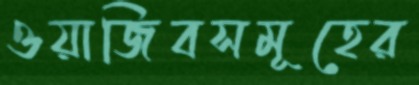
ওয়াজিবসমূহের